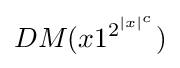
DM(x1^{2^{|x|^{c}}})